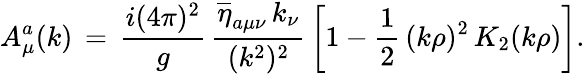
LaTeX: A_{\mu}^{a}(k)\, =\, \frac{i(4\pi)^{2}}{g}\, \frac{\overline{{{\eta}}}_{a\mu\nu}\, k_{\nu}}{(k^{2})^{2}}\, \left[1-\frac{1}{2}\, (k\rho)^{2}\, K_{2}(k\rho)\right].